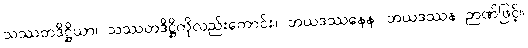
သဿတဒိဋ္ဌိယာ၊ သဿတဒိဋ္ဌိကိုလည်းကောင်း။ ဘယဒဿနေန၊ ဘယဒဿန ဉာဏ်ဖြင့်။